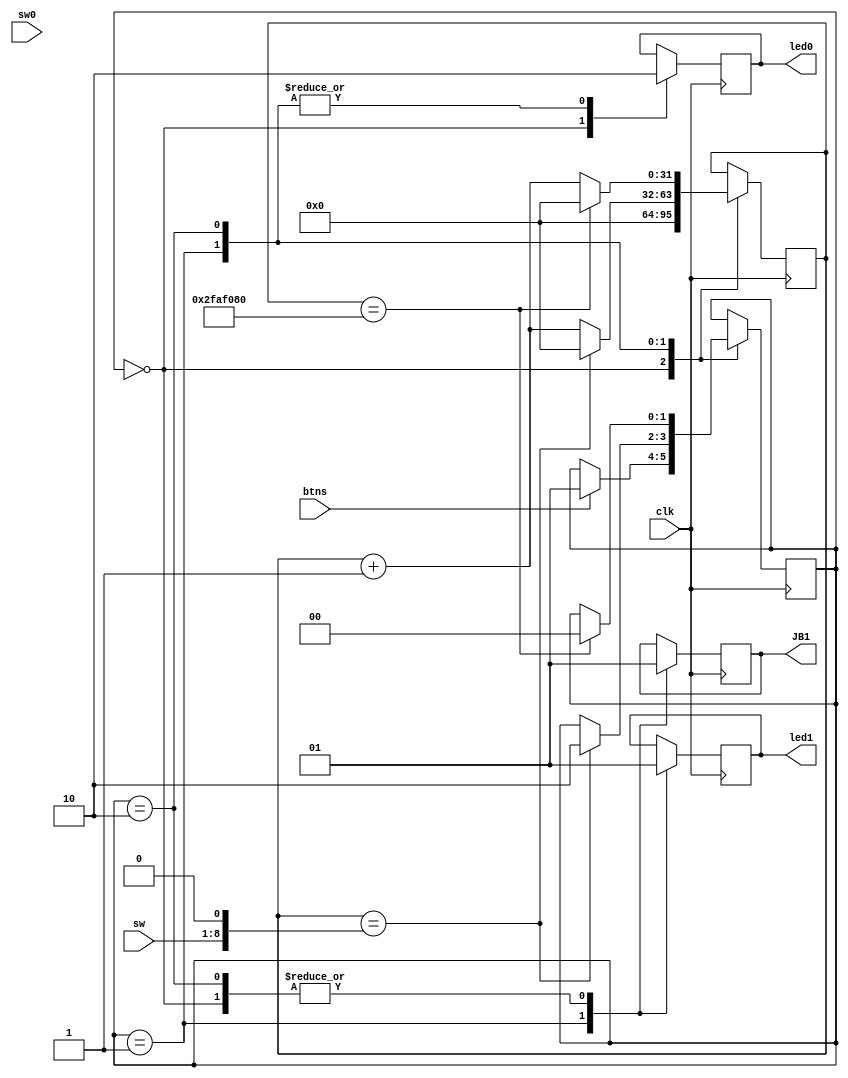
`timescale 1ns / 1ps
//////////////////////////////////////////////////////////////////////////////////
// Company: 
// Engineer: 
// 
// Design Name: 
// Module Name:    main 
// Project Name: 
// Target Devices: 
// Tool versions: 
// Description: 
//
// Dependencies: 
//
// Revision: 
// Revision 0.01 - File Created
// Additional Comments: 
//
//////////////////////////////////////////////////////////////////////////////////
module main(
    input sw0,
    input clk,
    input btns,
	 input [0:7] sw,
    output led0,
    output led1,
    output JB1
    );
	 
	 reg [31:0] counter;
	 reg glitch_reg;
	 reg led0_reg;
	 reg led1_reg;
	 reg [1:0] state;
	 
	 localparam idle = 0;
	 localparam glitch = 1;
	 localparam holdoff = 2;
	 
	 assign led0 = led0_reg;
	 assign led1 = led1_reg;
	 assign JB1 = glitch_reg;
	 
	 initial begin
		counter <= 0;
		glitch_reg <= 1;
		led0_reg <= 1;
		led1_reg <= 1;
		state <= idle;
	 end
	 
	 always @(posedge clk) begin
		case(state)
			idle: begin
				led0_reg <= 1;
				led1_reg <= 1;
				counter <= 0;
				glitch_reg <= 1;
				if(btns==1) begin
					state <= glitch;
				end
			end
			glitch: begin
				led0_reg <= 0;
				led1_reg <= 0;
				counter <= counter +1;
				glitch_reg <= 0;
				if(counter==(sw<<1)) begin
					state <= holdoff;
					counter <= 0;
				end
			end
			holdoff: begin
				led0_reg <= 0;
				led1_reg <= 1;
				counter <= counter +1;
				glitch_reg <= 1;
				if(counter==50000000) begin
					state <= idle;
					counter <= 0;
				end
			end
		endcase
		
		//counter <= counter +1;
		//if(counter==1) begin
		//	counter <= 0;
		//end
	 end


endmodule